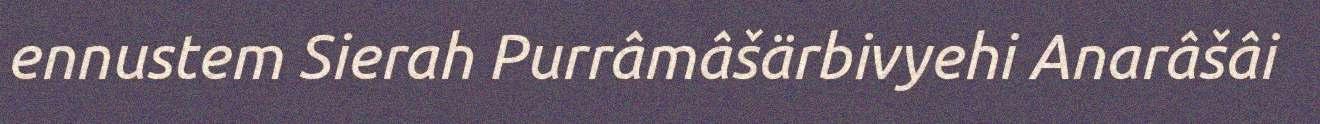
ennustem Sierah Purrâmâšärbivyehi Anarâšâi